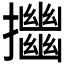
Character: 𢹴